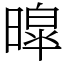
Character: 暭